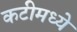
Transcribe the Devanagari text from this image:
कटीमध्ये